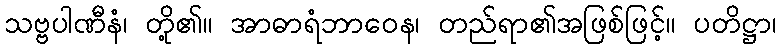
သဗ္ဗပါဏီနံ၊ တို့၏။ အာဓာရံဘာဝေန၊ တည်ရာ၏အဖြစ်ဖြင့်။ ပတိဋ္ဌာ၊